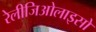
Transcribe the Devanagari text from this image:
रेलीजिओलाइसो